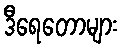
ဒီရေတောများ